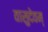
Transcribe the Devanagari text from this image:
वासुदेवम्